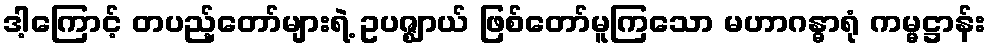
ဒါ့ကြောင့် တပည့်တော်များရဲ့ ဥပဇ္ဈာယ် ဖြစ်တော်မူကြသော မဟာဂန္ဓာရုံ ကမ္မဋ္ဌာန်း